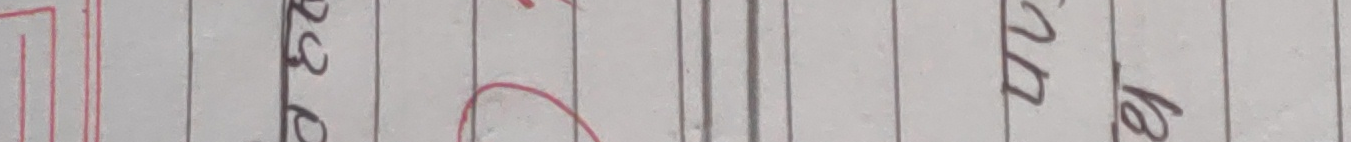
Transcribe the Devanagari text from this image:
२९ मवक